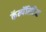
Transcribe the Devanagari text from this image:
कॅम्पॅरिटिव्ह